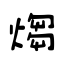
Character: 煼